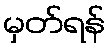
မှတ်ရန်